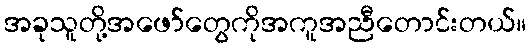
အခုသူတို့အဖော်တွေကိုအကူအညီတောင်းတယ်။